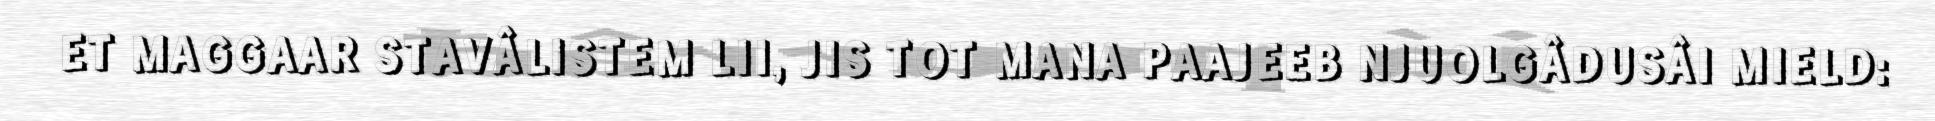
ET MAGGAAR STAVÂLISTEM LII, JIS TOT MANA PAAJEEB NJUOLGÂDUSÂI MIELD: